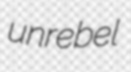
unrebel